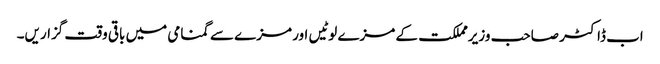
اب ڈاکٹر صاحب وزیرمملکت کے مزے لوٹیں اور مزے سے گمنامی میں باقی وقت گزاریں۔